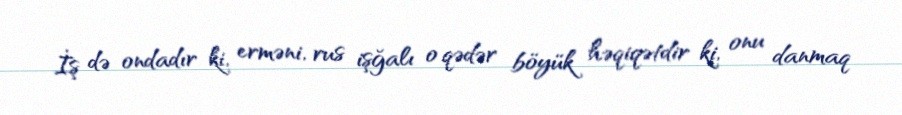
İş də ondadır ki, erməni, rus işğalı o qədər böyük həqiqətdir ki, onu danmaq